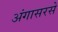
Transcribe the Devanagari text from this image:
अंगासरसे